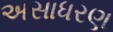
અસાધરણ